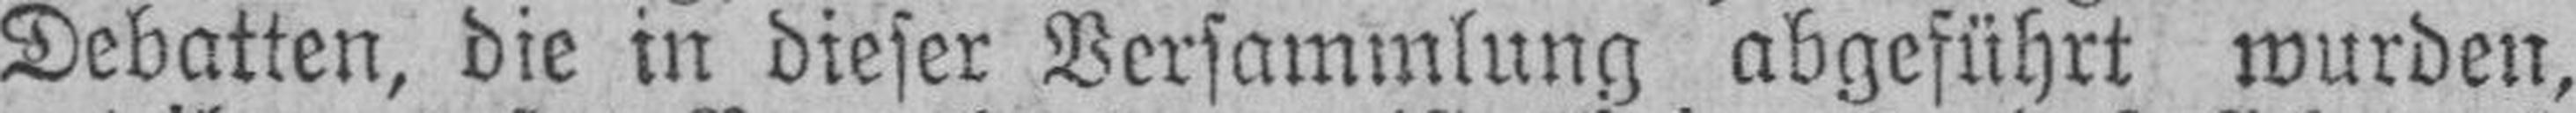
Debatten, die in dieser Versammlung abgeführt wurden,